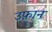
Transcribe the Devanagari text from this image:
उफ़ान